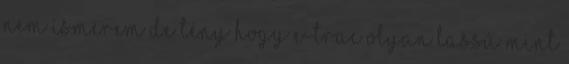
nem ismerem de tény hogy e-trac olyan lassú mint